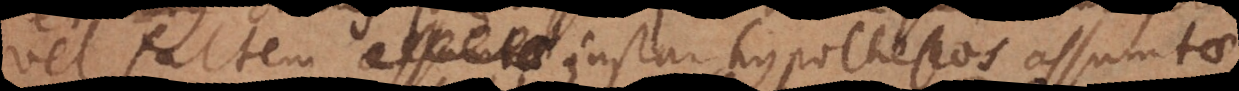
vel saltem instar hypotheseos assumtae,